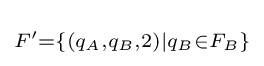
\scriptstyle F'=\{(q_{A},q_{B},2)|q_{B}\in F_{B}\}